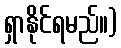
ရှာနိုင်ရမည်။)